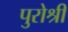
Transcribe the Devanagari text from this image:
पुरोश्री